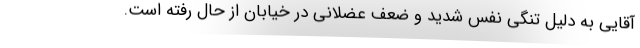
آقایی به دلیل تنگی نفس شدید و ضعف عضلانی در خیابان از حال رفته‌ است.